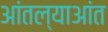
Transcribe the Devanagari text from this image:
आंतल्याआंत